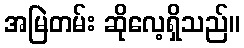
အမြဲတမ်း ဆိုလေ့ရှိသည်။